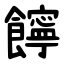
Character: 䭢